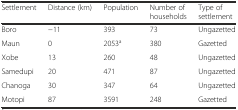
<table><thead><tr><td><b>Settlement</b></td><td><b>Distance (km)</b></td><td><b>Population</b></td><td><b>Number of households</b></td><td><b>Type of settlement</b></td></tr></thead><tbody><tr><td>Boro</td><td>−11</td><td>393</td><td>73</td><td>Ungazetted</td></tr><tr><td>Maun</td><td>0</td><td>2053<sup>a</sup></td><td>380</td><td>Gazetted</td></tr><tr><td>Xobe</td><td>13</td><td>260</td><td>48</td><td>Ungazetted</td></tr><tr><td>Samedupi</td><td>20</td><td>471</td><td>87</td><td>Ungazetted</td></tr><tr><td>Chanoga</td><td>30</td><td>347</td><td>64</td><td>Ungazetted</td></tr><tr><td>Motopi</td><td>87</td><td>3591</td><td>248</td><td>Gazetted</td></tr></tbody></table>